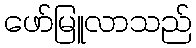
ဖော်မြူလာသည်